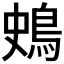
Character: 𪀎